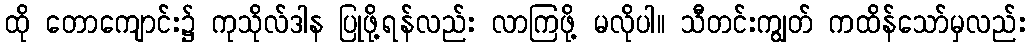
ထို တောကျောင်း၌ ကုသိုလ်ဒါန ပြုဖို့ရန်လည်း လာကြဖို့ မလိုပါ။ သီတင်းကျွတ် ကထိန်သော်မှလည်း